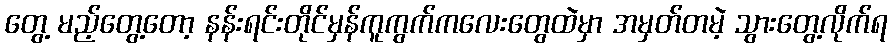
တွေ့ မည့်တွေ့တော့ နန်းရင်းတိုင်မှန်ကူကွက်ကလေးတွေထဲမှာ အမှတ်တမဲ့ သွားတွေ့လိုက်ရ